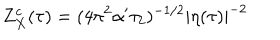
Z _ { X } ^ { c } ( \tau ) = ( 4 \pi ^ { 2 } \alpha ^ { \prime } \tau _ { 2 } ) ^ { - 1 / 2 } | \eta ( \tau ) | ^ { - 2 }